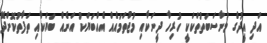
އަދި އީދުގެ މުނާސަބަތުތަކަކީ ހުރިހާ ދީނަކާއި މުޖުތަމައެއް އެއްބަޔަކު އަނެއް ބަޔަކާއި ތަފާތުކޮށްދޭ